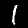
Digit: 1